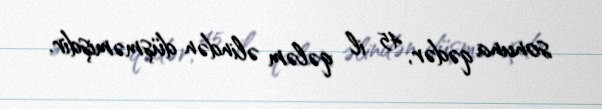
sonuna qədər, 45 il qələm əlindən düşməmişdir.